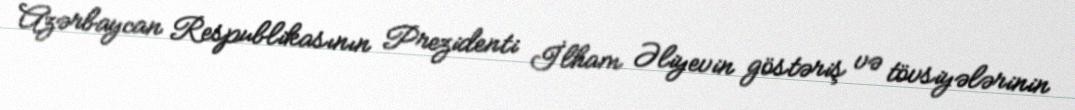
Azərbaycan Respublikasının Prezidenti İlham Əliyevin göstəriş və tövsiyələrinin